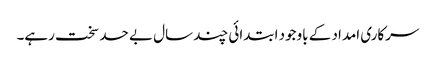
سرکاری امداد کے باوجود ابتدائی چند سال بے حد سخت رہے۔